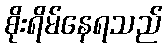
စိုးရိမ်နေရသည်